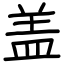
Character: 盖